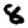
Digit: 8